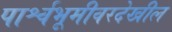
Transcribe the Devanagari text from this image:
पार्श्वभूमीवरदेखील